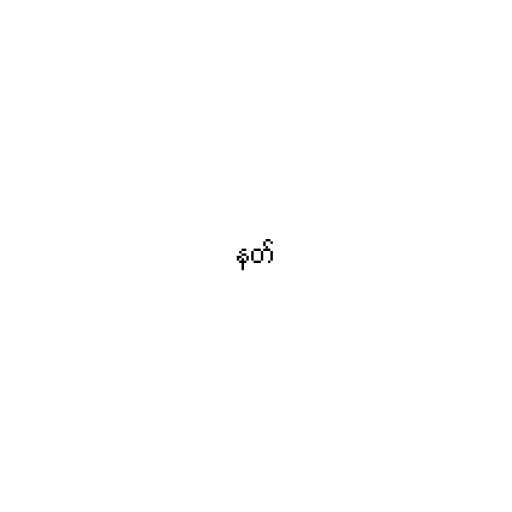
နတ်